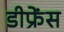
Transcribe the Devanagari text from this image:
डीफ्रेंस